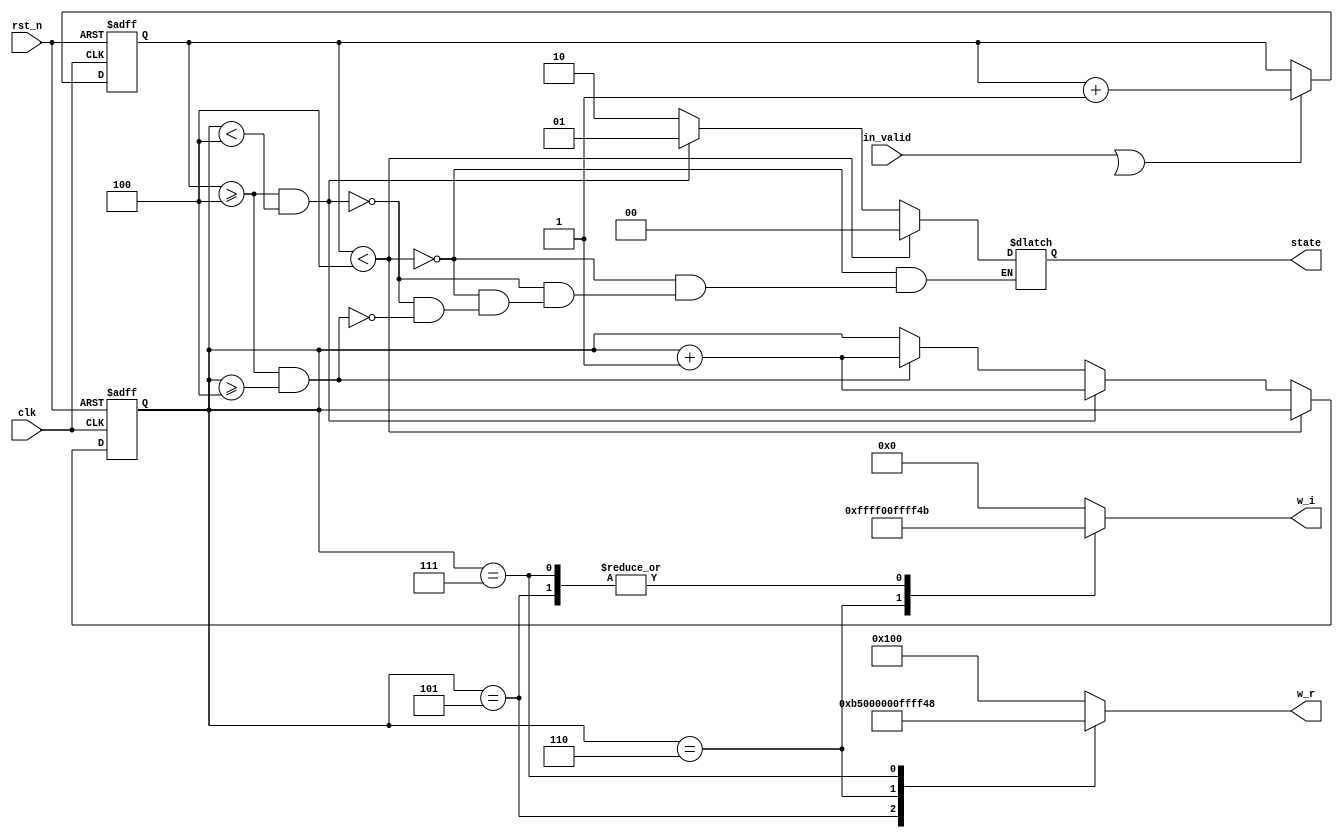
module ROM_4(
input clk,
input in_valid,
input rst_n,
output reg [23:0] w_r,
output reg [23:0] w_i,
output reg[1:0] state
);

reg valid,next_valid;
reg [5:0] count,next_count;
reg [2:0] s_count,next_s_count;

always @(*) begin
    if(in_valid || valid)
    begin 
        next_count = count + 1;
        next_s_count = s_count;
    end
    else begin
        next_count = count;
        next_s_count = s_count;  
    end

    if (count<6'd4) 
        state = 2'd0;
    else if (count >= 6'd4 && s_count < 3'd4)begin
        state = 2'd1;
        next_s_count = s_count + 1;
    end
    else if (count >= 6'd4 && s_count >= 3'd4)begin
        state = 2'd2;
        next_s_count = s_count + 1;
    end
    case(s_count)
    3'd4: begin
        w_r = 24'b 00000000_00000001_00000000;
        w_i = 24'b 00000000_00000000_00000000;
        end
    3'd5: begin
        w_r = 24'b 00000000_00000000_10110101;
        w_i = 24'b 11111111_11111111_01001011;
        end
    3'd6: begin
        w_r = 24'b 00000000_00000000_00000000;
        w_i = 24'b 11111111_11111111_00000000;
        end
    3'd7: begin
        w_r = 24'b 11111111_11111111_01001011;
        w_i = 24'b 11111111_11111111_01001011;
        end
    default: begin
        w_r = 24'b 00000000_00000001_00000000;
        w_i = 24'b 00000000_00000000_00000000;
        end
    endcase
end

always@(posedge clk or negedge rst_n)begin
    if(~rst_n)begin
        count <= 0;
        s_count <= 0;
    end
    else begin
        count <= next_count;
        s_count <= next_s_count;
    end
end
endmodule